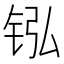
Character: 𬭂